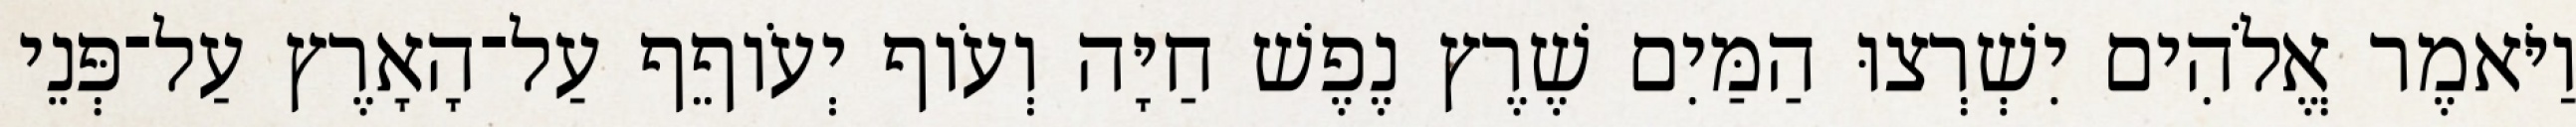
וַיֹּאמֶר אֱלֹהִים יִשְׁרְצוּ הַמַּיִם שֶׁרֶץ נֶפֶשׁ חַיָּה וְעֹוף יְעֹוףֵף עַל־הָאָרֶץ עַל־פְּנֵי